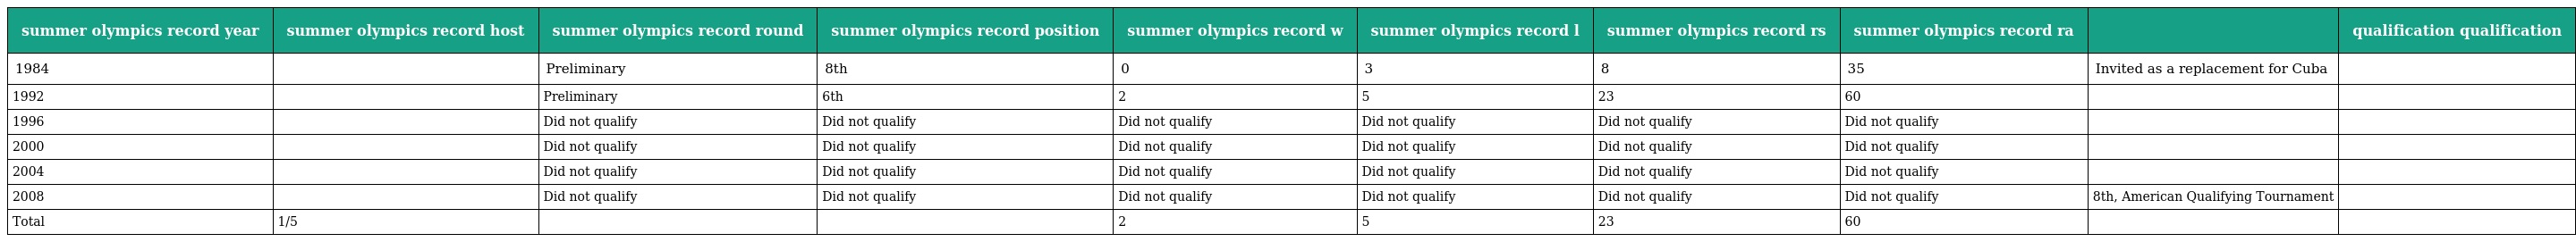
| summer olympics record year | summer olympics record host | summer olympics record round | summer olympics record position | summer olympics record w | summer olympics record l | summer olympics record rs | summer olympics record ra |  | qualification qualification |
 | --- | --- | --- | --- | --- | --- | --- | --- | --- | --- |
 | 1984 |  | Preliminary | 8th | 0 | 3 | 8 | 35 | Invited as a replacement for Cuba |  |
 | 1992 |  | Preliminary | 6th | 2 | 5 | 23 | 60 |  |  |
 | 1996 |  | Did not qualify | Did not qualify | Did not qualify | Did not qualify | Did not qualify | Did not qualify |  |  |
 | 2000 |  | Did not qualify | Did not qualify | Did not qualify | Did not qualify | Did not qualify | Did not qualify |  |  |
 | 2004 |  | Did not qualify | Did not qualify | Did not qualify | Did not qualify | Did not qualify | Did not qualify |  |  |
 | 2008 |  | Did not qualify | Did not qualify | Did not qualify | Did not qualify | Did not qualify | Did not qualify | 8th, American Qualifying Tournament |  |
 | Total | 1/5 |  |  | 2 | 5 | 23 | 60 |  |  |